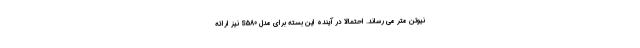
نیوتن متر می رساند. احتمالا در آینده این بسته برای مدل S580 نیز ارائه